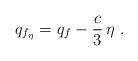
LaTeX: \begin{align*}q_{f_\eta} = q_f - {c \over 3}\, \eta~.\end{align*}